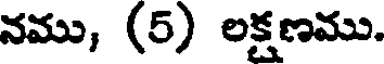
నము, (5) లక్షణము.